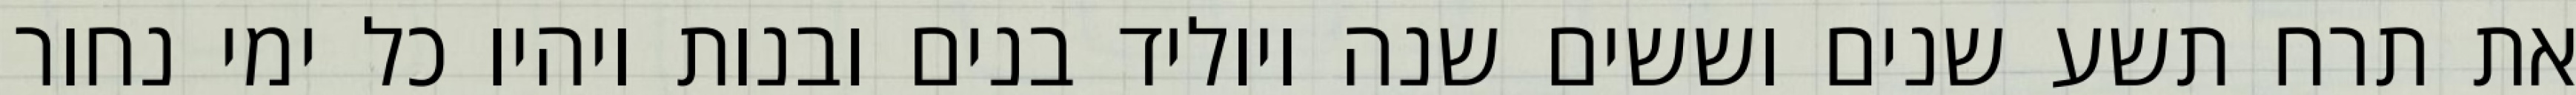
את תרח תשע שנים וששים שנה ויוליד בנים ובנות ויהיו כל ימי נחור